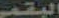
البقمي